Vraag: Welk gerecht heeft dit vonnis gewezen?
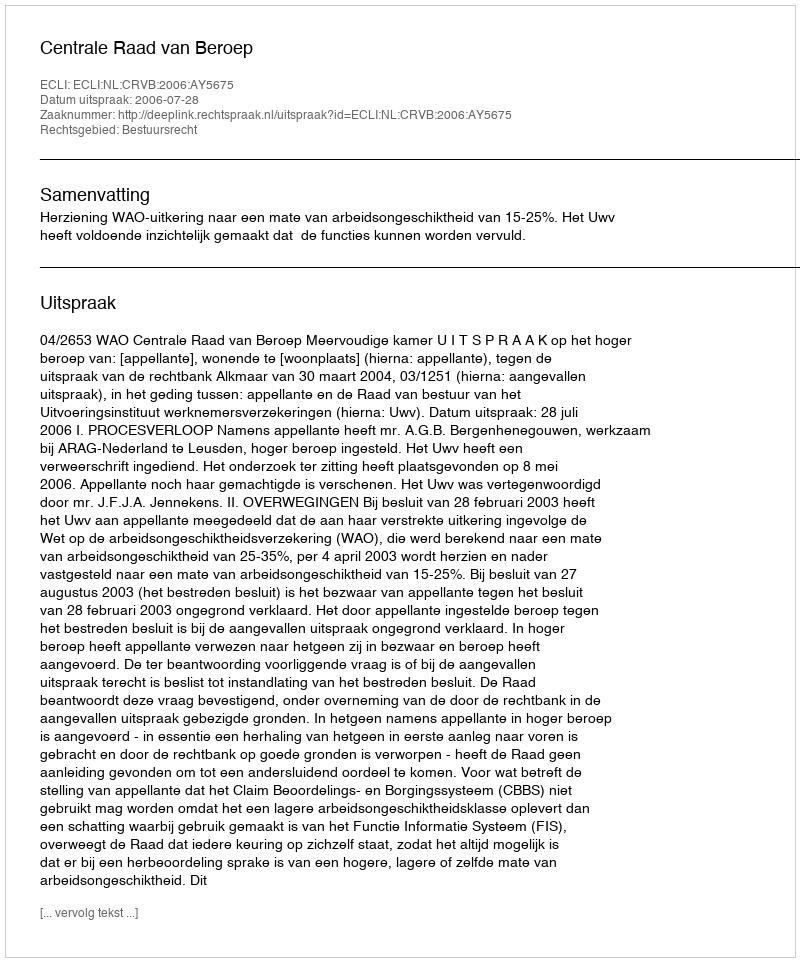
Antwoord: Centrale Raad van Beroep